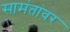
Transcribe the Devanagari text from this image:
सामंतांवर